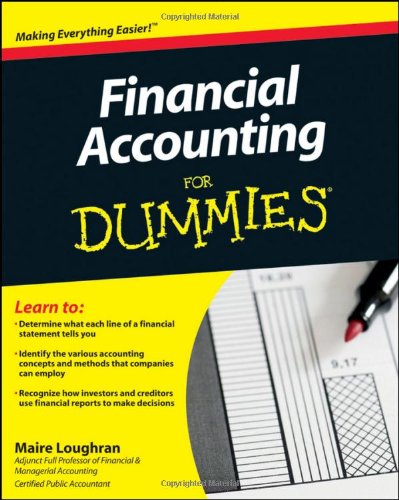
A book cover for Financial Accounting For Dummies; Maire Loughran; Business & Money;